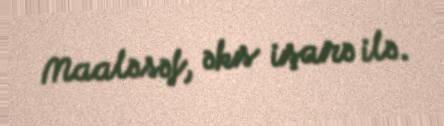
Maaləsəf, əks işarə ilə.